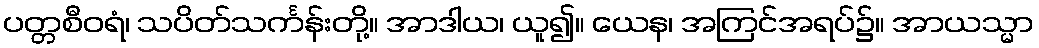
ပတ္တစီဝရံ၊ သပိတ်သင်္ကန်းတို့။ အာဒါယ၊ ယူ၍။ ယေန၊ အကြင်အရပ်၌။ အာယသ္မာ